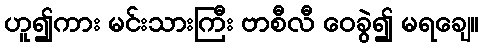
ဟူ၍ကား မင်းသားကြီး ဗာစီလီ ဝေခွဲ၍ မရချေ။